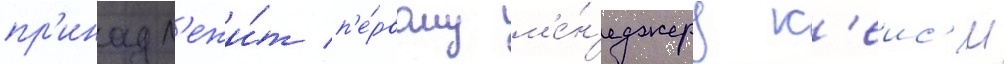
пр'инадл'ежи́т п'е́рвому м'е́н'еджеру к'еис'и